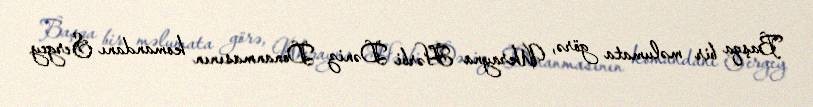
Başqa bir məlumata görə, Ukrayna Hərbi Dəniz Donanmasının komandanı Sergey